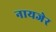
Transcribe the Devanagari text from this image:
नायजेर